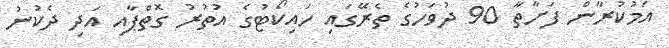
އަމުކުރާން ފަށާތާ 90 ދުވަހުގެ ތެރޭގައި ހައިކޯޓުގެ އުތުރު ގޮތްޕާއި އަދި ދެކުނު